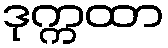
ဒုက္ကထာ